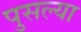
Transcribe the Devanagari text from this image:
पुसल्या